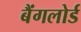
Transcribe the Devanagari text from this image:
बैंगलोर्ड